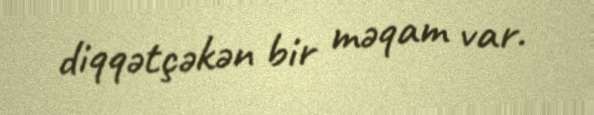
diqqətçəkən bir məqam var.